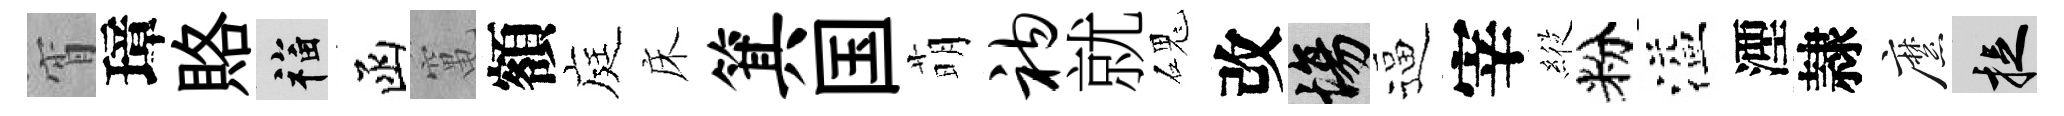
宵璋賂福函𥧄額庭床箕国萌衲就磈改場逼宰𦂵粉溢湮隷縻捉